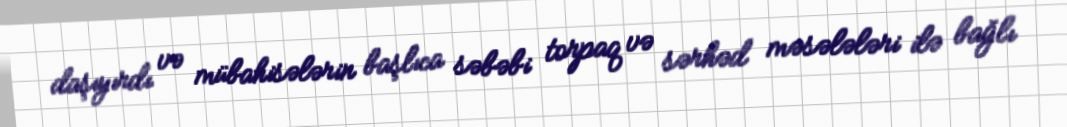
daşıyırdı və mübahisələrin başlıca səbəbi torpaq və sərhəd məsələləri ilə bağlı